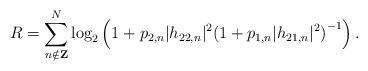
LaTeX: \begin{align*}R = \sum_{n\notin {\bf Z}}^N \log_2\left(1+p_{2,n}\vert{}h_{22,n}\vert{}^2{(1+p_{1,n}\vert{}h_{21,n}\vert{}^2)}^{-1}\right).\end{align*}